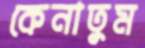
কেনাতুম